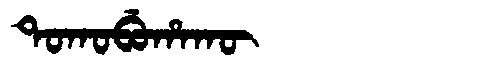
Manchu: ᡨᠣᡴᠣᠪᡠᡥᠠᡴᡡ
Romanization: TOKOBUHAKŪ